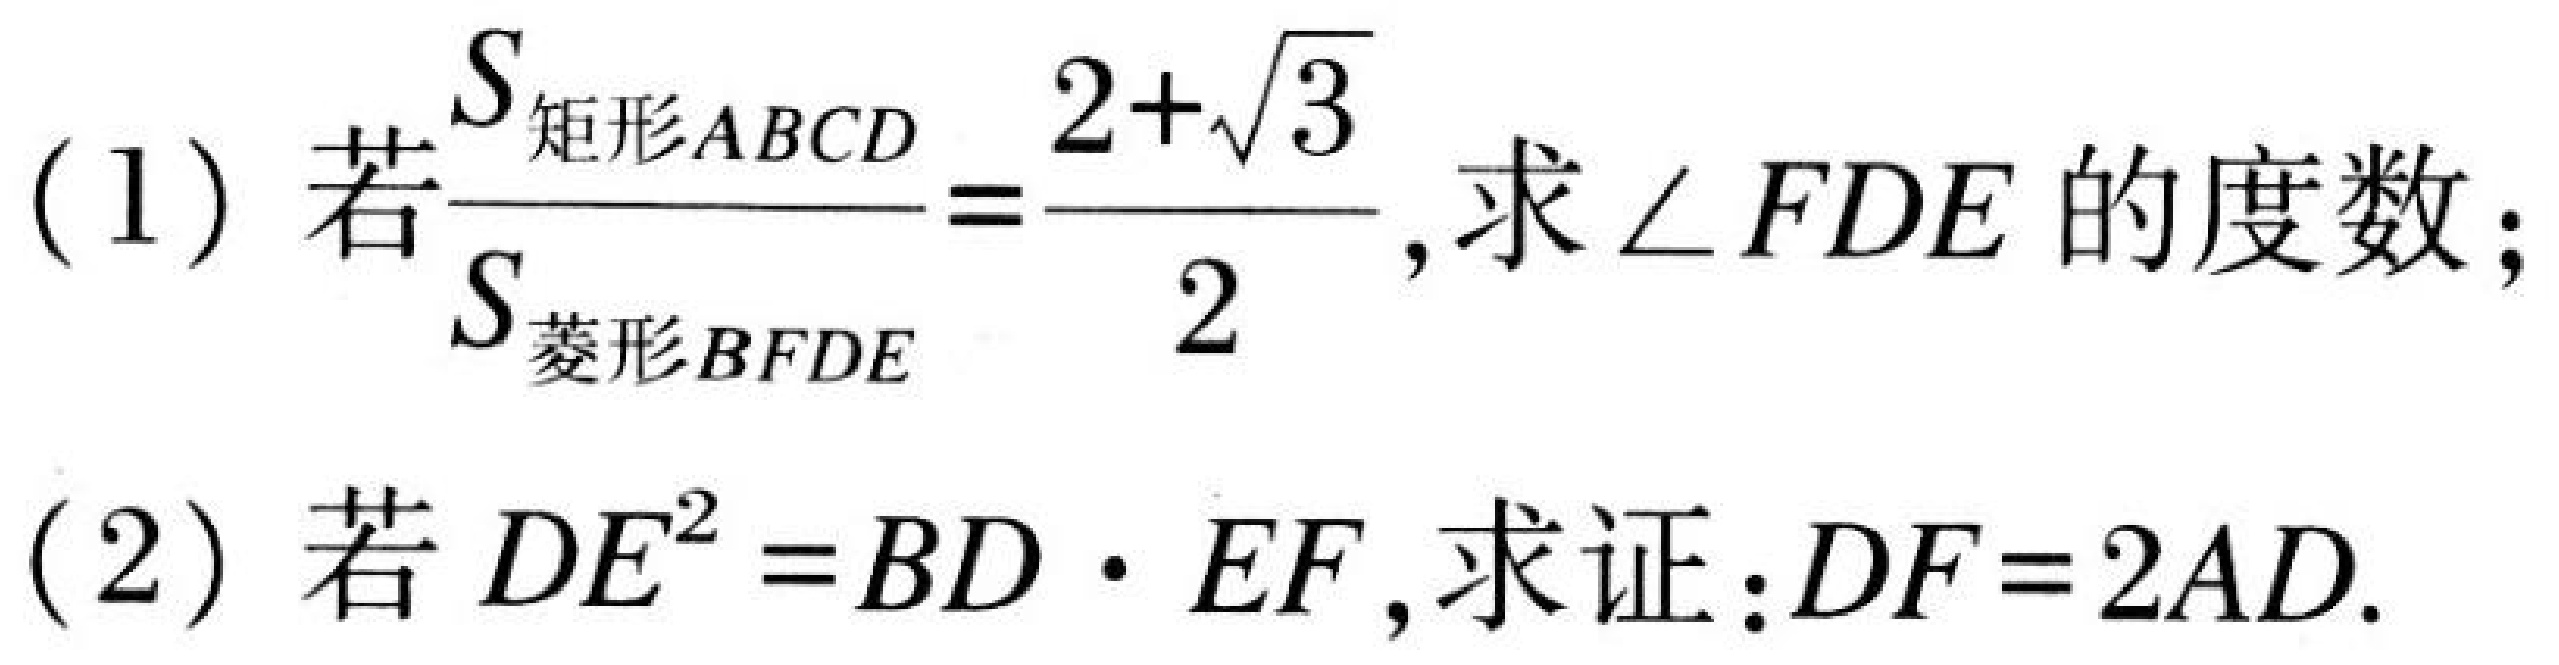
(1) 若$\frac{S_{矩形ABCD}}{S_{菱形BFDE}}=\frac{2 + \sqrt{3}}{2}$,求$\angle FDE$的度数；
(2) 若$DE^{2}=BD\cdot EF$,求证:$DF = 2AD$.